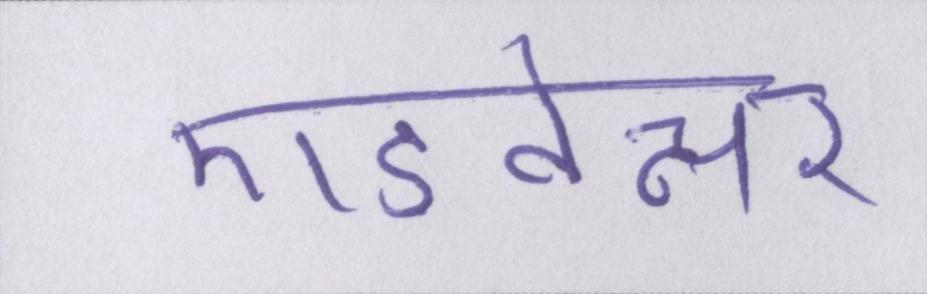
एडवेन्चर